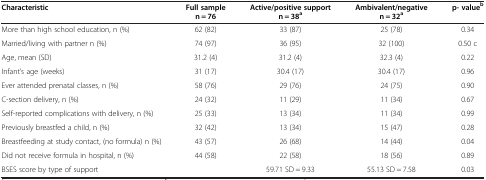
<table><thead><tr><td><b>Characteristic</b></td><td><b>Full sample n = 76</b></td><td><b>Active/positive support n = 38<sup>a</sup></b></td><td><b>Ambivalent/negative n = 32<sup>a</sup></b></td><td><b>p- value<sup>b</sup></b></td></tr></thead><tbody><tr><td>More than high school education, n (%)</td><td>62 (82)</td><td>33 (87)</td><td>25 (78)</td><td>0.34</td></tr><tr><td>Married/living with partner n (%)</td><td>74 (97)</td><td>36 (95)</td><td>32 (100)</td><td>0.50 c</td></tr><tr><td>Age, mean (SD)</td><td>31.2 (4)</td><td>31.2 (4)</td><td>32.3 (4)</td><td>0.22</td></tr><tr><td>Infant’s age (weeks)</td><td>31 (17)</td><td>30.4 (17)</td><td>30.4 (17)</td><td>0.96</td></tr><tr><td>Ever attended prenatal classes, n (%)</td><td>58 (76)</td><td>29 (76)</td><td>24 (75)</td><td>0.90</td></tr><tr><td>C-section delivery, n (%)</td><td>24 (32)</td><td>11 (29)</td><td>11 (34)</td><td>0.67</td></tr><tr><td>Self-reported complications with delivery, n (%)</td><td>25 (33)</td><td>13 (34)</td><td>11 (34)</td><td>0.99</td></tr><tr><td>Previously breastfed a child, n (%)</td><td>32 (42)</td><td>13 (34)</td><td>15 (47)</td><td>0.28</td></tr><tr><td>Breastfeeding at study contact, (no formula) n (%)</td><td>43 (57)</td><td>26 (68)</td><td>14 (44)</td><td>0.04</td></tr><tr><td>Did not receive formula in hospital, n (%)</td><td>44 (58)</td><td>22 (58)</td><td>18 (56)</td><td>0.89</td></tr><tr><td>BSES score by type of support</td><td> </td><td>59.71 SD = 9.33</td><td>55.13 SD = 7.58</td><td>0.03</td></tr></tbody></table>